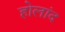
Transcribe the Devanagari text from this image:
होलांद